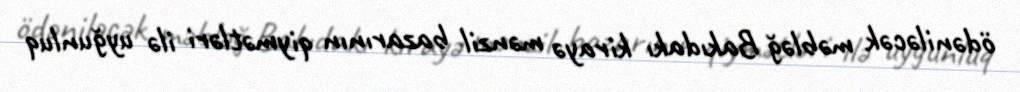
ödəniləcək məbləğ Bakıdakı kirayə mənzil bazarının qiymətləri ilə uyğunluq